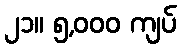
၂၁။ ၅,၀၀၀ ကျပ်